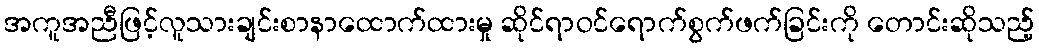
အကူအညီဖြင့်လူသားချင်းစာနာထောက်ထားမှု ဆိုင်ရာဝင်ရောက်စွက်ဖက်ခြင်းကို တောင်းဆိုသည့်